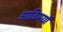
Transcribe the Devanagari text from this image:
आदिमयों